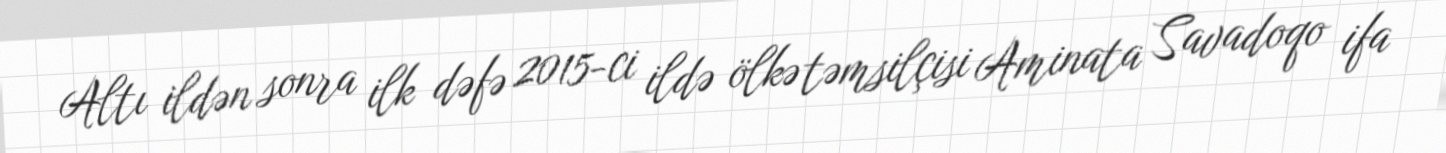
Altı ildən sonra ilk dəfə 2015-ci ildə ölkə təmsilçisi Aminata Savadoqo ifa